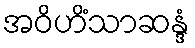
အဝိဟိံသာဆန္ဒံ